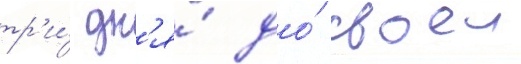
тр'и́ дн'я́ до́ своеи